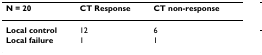
| N = 20 | CT Response | CT non-response |
 | --- | --- | --- |
 | Local control | 12 | 6 |
 | Local failure | 1 | 1 |